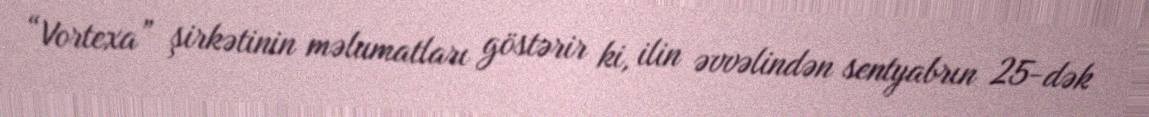
“Vortexa” şirkətinin məlumatları göstərir ki, ilin əvvəlindən sentyabrın 25-dək